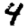
Digit: 4